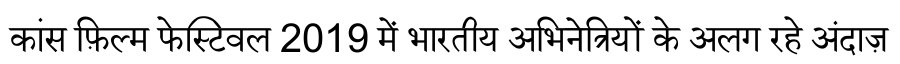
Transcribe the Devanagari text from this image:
कांस फ़िल्म फेस्टिवल 2019 में भारतीय अभिनेत्रियों के अलग रहे अंदाज़